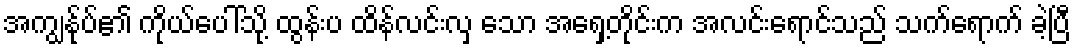
အကျွန်ုပ်၏ ကိုယ်ပေါ်သို့ ထွန်းပ ထိန်လင်းလှ သော အရှေ့တိုင်းက အလင်းရောင်သည် သက်ရောက် ခဲ့ပြီ